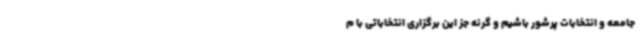
جامعه و انتخابات پرشور باشیم و گرنه جز این برگزاری انتخاباتی با م